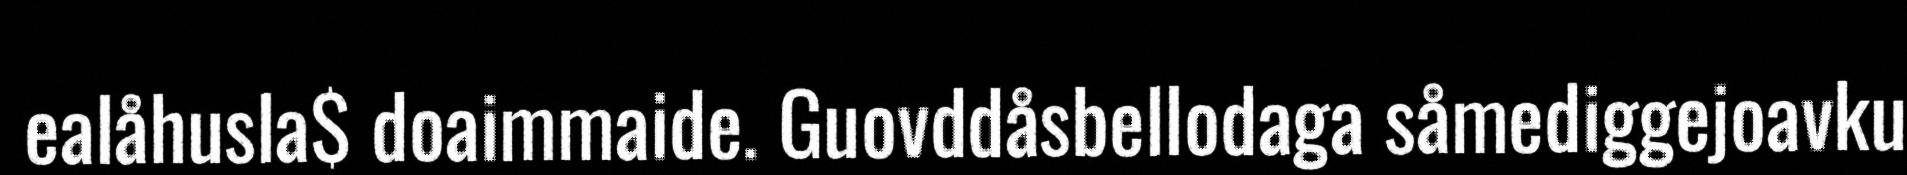
ealåhusla$ doaimmaide. Guovddåsbellodaga såmediggejoavku